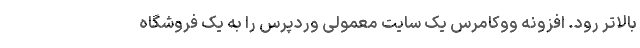
بالاتر رود. افزونه ووکامرس یک سایت معمولی وردپرس را به یک فروشگاه